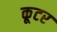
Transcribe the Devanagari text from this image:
कूटर